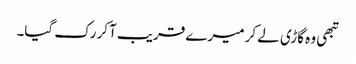
تبھی وہ گاڑی لے کر میرے قریب آکر رک گیا۔